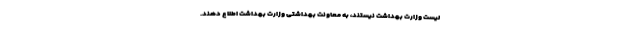
لیست وزارت بهداشت نیستند، به معاونت بهداشتی وزارت بهداشت اطلاع دهند.